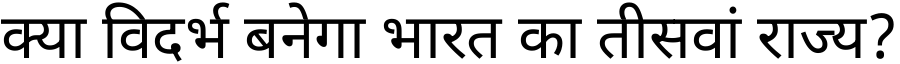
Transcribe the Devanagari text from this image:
क्या विदर्भ बनेगा भारत का तीसवां राज्य?